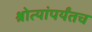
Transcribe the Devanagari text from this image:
श्रोत्यांपर्यंतच